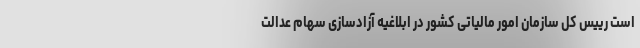
است رییس کل سازمان امور مالیاتی کشور در ابلاغیه آزادسازی سهام عدالت